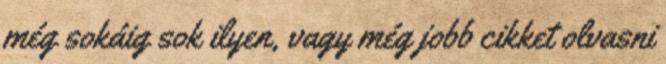
még sokáig sok ilyen, vagy még jobb cikket olvasni